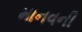
માનવની